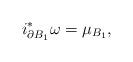
LaTeX: \begin{align*}i_{\partial B_1}^*\omega = \mu_{B_1},\end{align*}